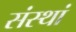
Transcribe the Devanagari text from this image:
संस्थां